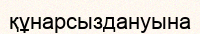
құнарсыздануына